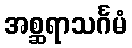
အစ္ဆရာသင်္ဂမံ